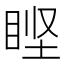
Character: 𰥣